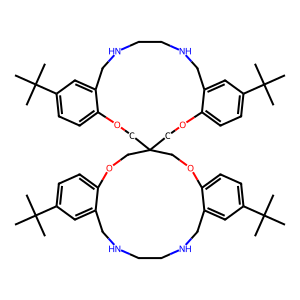
SMILES: CC(C)(C)c1ccc2c(c1)CNCCNCc1cc(C(C)(C)C)ccc1OCC1(CO2)COc2ccc(C(C)(C)C)cc2CNCCNCc2cc(C(C)(C)C)ccc2OC1
Inhibits HIV replication: No